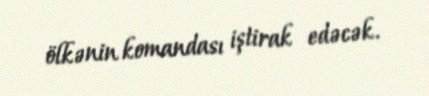
ölkənin komandası iştirak edəcək.